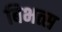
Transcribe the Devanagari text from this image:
बिभत्स